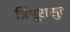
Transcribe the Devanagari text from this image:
त्रिपूरासुर